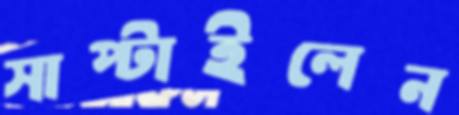
সাপ্‌টাইলেন